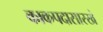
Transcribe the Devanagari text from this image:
काकपदासारखे